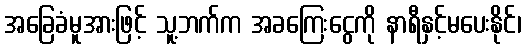
အခြေခံမူအားဖြင့် သူ့ဘက်က အခကြေးငွေကို နာရီနှင့်မပေးနိုင်၊